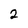
Character: 2